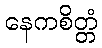
နေကစိတ္တံ